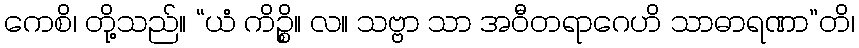
ကေစိ၊ တို့သည်။ “ယံ ကိဉ္စိ။ လ။ သဗ္ဗာ သာ အဝီတရာဂေဟိ သာဓာရဏာ”တိ၊